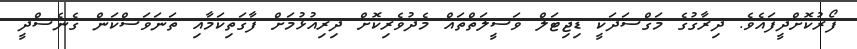
ފޯރުކޮށްދީފައެވެ. ދިރާގުގެ މަގްސަދަކީ ޑިޖިޓަލް ވަސީލަތްތައް މެދުވެރިކޮށް ދިރިއުޅުމަށް ފާގަތިކަމާއި ތަނަވަސްކަން ގެނެސްދީ